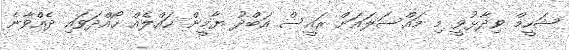
ޝަހީމް ވިދާޅުވީ މި މައްސަލައަށް ރައީސް އަބްދު ޔާމީން ހައްލެއް ހޯއްދަވައި ދެއްވާނެ